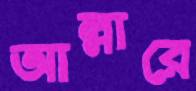
আল্লারে